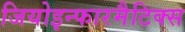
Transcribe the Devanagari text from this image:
जियोइन्फारमैटिक्स